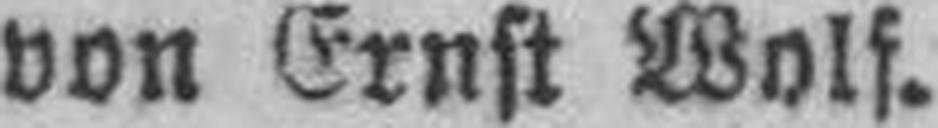
von Ernst Wolf.